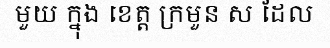
មួយ ក្នុង ខេត្ត ក្រមួន ស ដែល